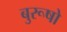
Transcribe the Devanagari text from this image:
बुरूषो